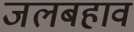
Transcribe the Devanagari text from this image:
जलबहाव